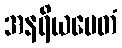
အနရိယမေတံ